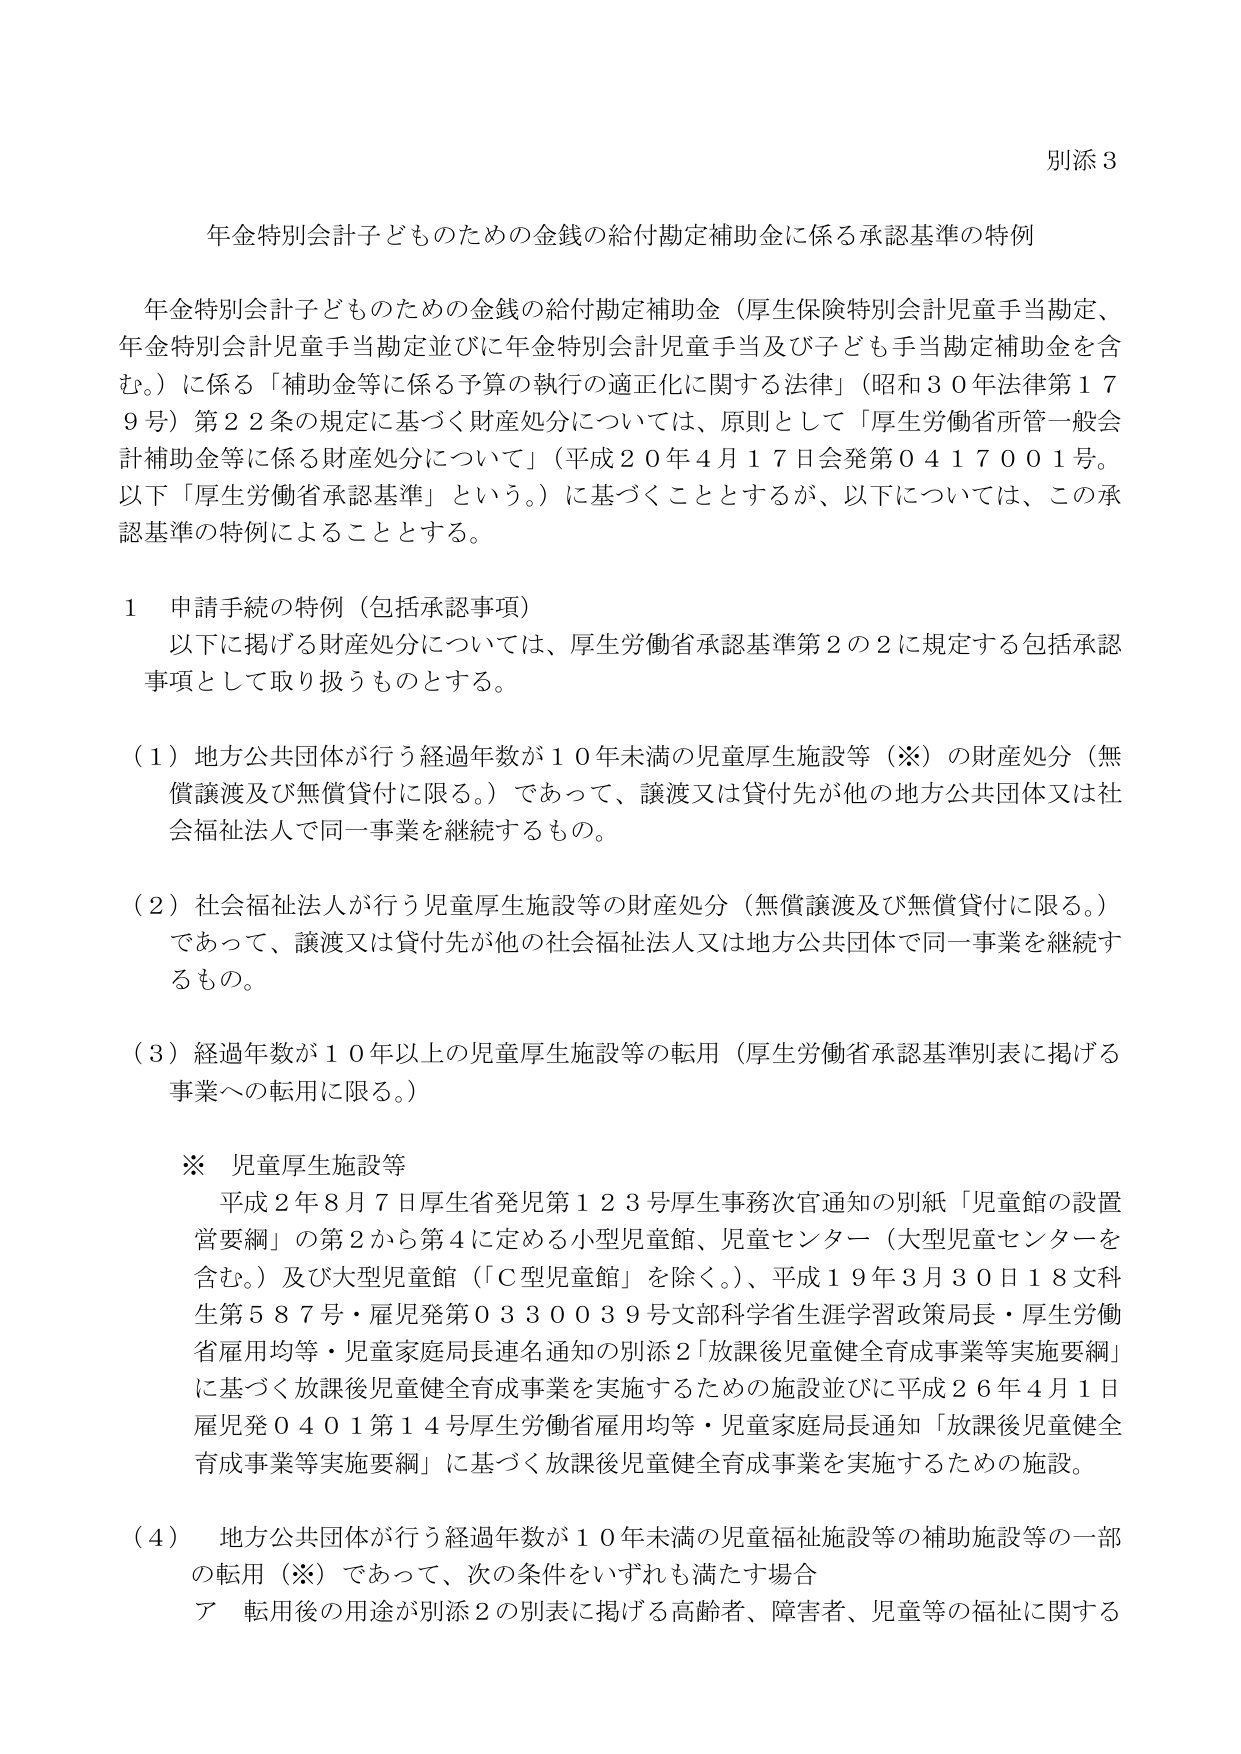
別添３

年金特別会計子どものための金銭の給付勘定補助金に係る承認基準の特例

年金特別会計子どものための金銭の給付勘定補助金（厚生保険特別会計児童手当勘定、年金特別会計児童手当勘定並びに年金特別会計児童手当及び子ども手当勘定補助金を含む。）に係る「補助金等に係る予算の執行の適正化に関する法律」（昭和３０年法律第１７９号）第２２条の規定に基づく財産処分については、原則として「厚生労働省所管一般会計補助金等に係る財産処分について」（平成２０年４月１７日会発第０４１７００１号。以下「厚生労働省承認基準」という。）に基づくこととするが、以下については、この承認基準の特例によることとする。

１ 申請手続の特例（包括承認事項）
　以下に掲げる財産処分については、厚生労働省承認基準第２の２に規定する包括承認事項として取り扱うものとする。

（１）地方公共団体が行う経過年数が１０年未満の児童厚生施設等（※）の財産処分（無償譲渡及び無償貸付に限る。）であって、譲渡又は貸付先が他の地方公共団体又は社会福祉法人で同一事業を継続するもの。

（２）社会福祉法人が行う児童厚生施設等の財産処分（無償譲渡及び無償貸付に限る。）であって、譲渡又は貸付先が他の社会福祉法人又は地方公共団体で同一事業を継続するもの。

（３）経過年数が１０年以上の児童厚生施設等の転用（厚生労働省承認基準別表に掲げる事業への転用に限る。）

※ 児童厚生施設等
　平成２年８月７日厚生省発児第１２３号厚生事務次官通知の別紙「児童館の設置営要綱」の第２から第４に定める小型児童館、児童センター（大型児童センターを含む。）及び大型児童館（「Ｃ型児童館」を除く。）、平成１９年３月３０日１８文科生第５８７号・雇児発第０３３００３９号文部科学省生涯学習政策局長・厚生労働省雇用均等・児童家庭局長連名通知の別添２「放課後児童健全育成事業等実施要綱」に基づく放課後児童健全育成事業を実施するための施設並びに平成２６年４月１日雇児発０４０１第１４号厚生労働省雇用均等・児童家庭局長通知「放課後児童健全育成事業等実施要綱」に基づく放課後児童健全育成事業を実施するための施設。

（４）地方公共団体が行う経過年数が１０年未満の児童福祉施設等の補助施設等の一部の転用（※）であって、次の条件をいずれも満たす場合
　ア 転用後の用途が別添２の別表に掲げる高齢者、障害者、児童等の福祉に関する